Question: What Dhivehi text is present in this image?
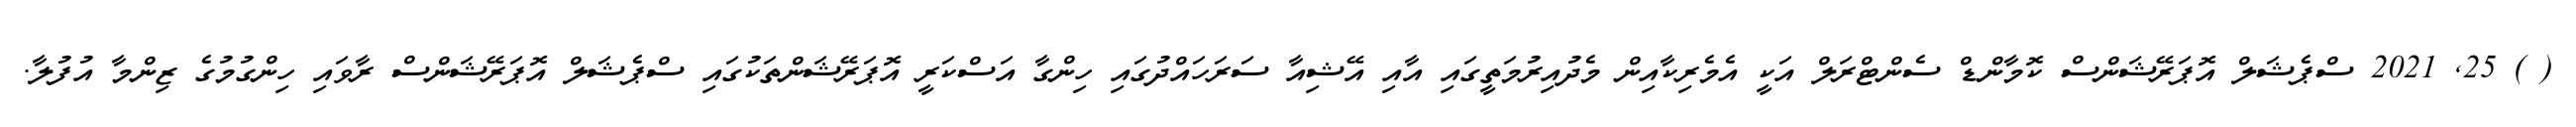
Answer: ( ) 25, 2021 ސްޕެޝަލް އޮޕަރޭޝަންސް ކޮމާންޑް ސެންޓްރަލް އަކީ އެމެރިކާއިން މެދުއިރުމަތީގައި އާއި އޭޝިއާ ސަރަހައްދުގައި ހިންގާ އަސްކަރީ އޮޕަރޭޝަންތަކުގައި ސްޕެޝަލް އޮޕަރޭޝަންސް ރާވައި ހިންގުމުގެ ޒިންމާ އުފުލާ.